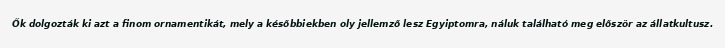
Ők dolgozták ki azt a finom ornamentikát, mely a későbbiekben oly jellemző lesz Egyiptomra, náluk található meg először az állatkultusz.